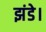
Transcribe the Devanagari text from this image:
झंडे।